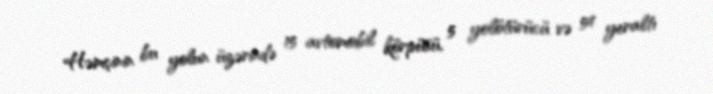
Həmçinin bu yolun üzərində 15 avtomobil körpüsü, 5 yolötürücü və 54 yeraltı